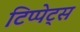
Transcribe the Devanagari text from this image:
टिप्‍पेट्स